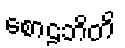
စောဠဘိတိ